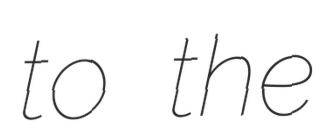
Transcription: to the